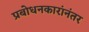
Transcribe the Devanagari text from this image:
प्रबोधनकारांनंतर